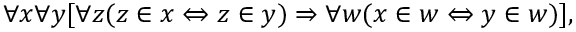
\forall x \forall y [ \forall z ( z \in x \Leftrightarrow z \in y ) \Rightarrow \forall w ( x \in w \Leftrightarrow y \in w ) ] ,